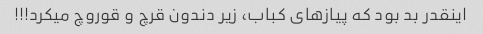
اینقدر بد بود که پیازهای کباب، زیر دندون قرچ و قوروچ میکرد!!!